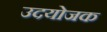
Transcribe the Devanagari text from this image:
उदयोजक